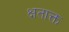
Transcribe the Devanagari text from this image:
क्षताक्त